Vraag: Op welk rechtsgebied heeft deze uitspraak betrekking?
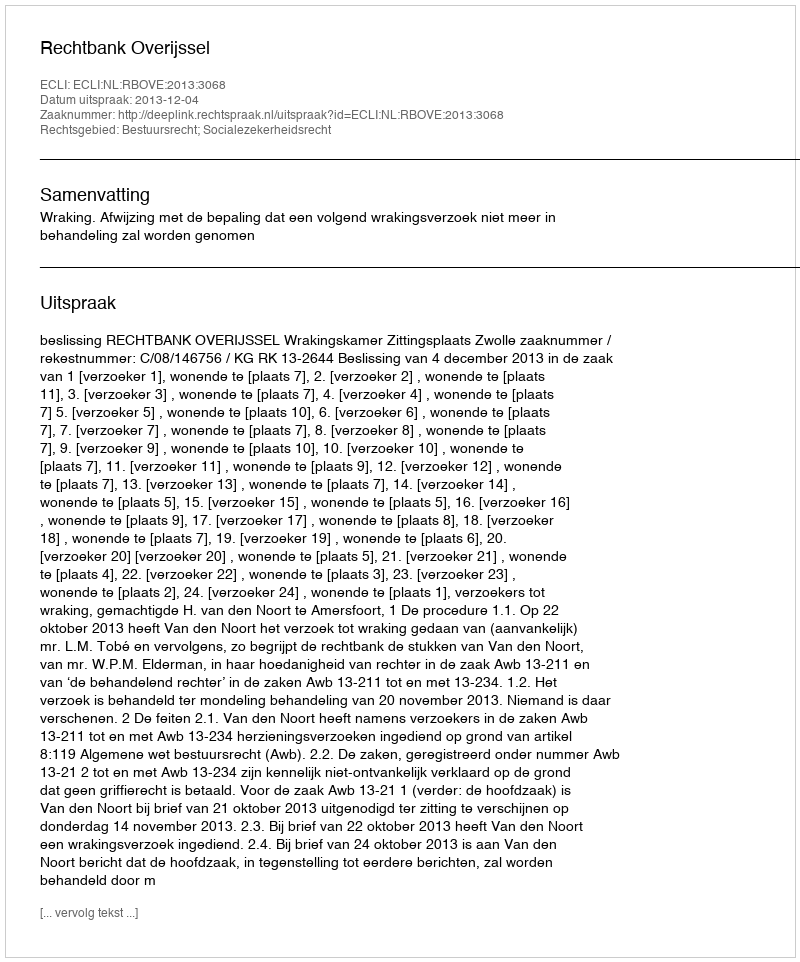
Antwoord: Bestuursrecht; Socialezekerheidsrecht